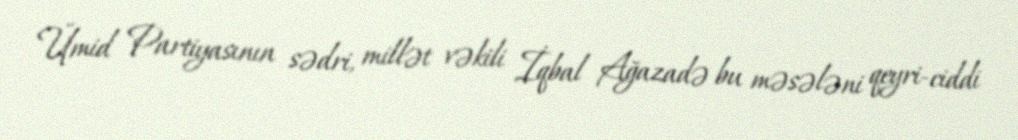
Ümid Partiyasının sədri, millət vəkili İqbal Ağazadə bu məsələni qeyri-ciddi